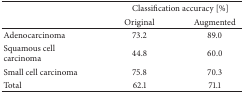
<table><thead><tr><td rowspan="2"><b> </b></td><td colspan="2"><b> Classification accuracy [%]</b></td></tr><tr><td><b>Original</b></td><td><b>Augmented</b></td></tr></thead><tbody><tr><td>Adenocarcinoma</td><td>73.2</td><td>89.0</td></tr><tr><td>Squamous cell carcinoma</td><td>44.8</td><td>60.0</td></tr><tr><td>Small cell carcinoma</td><td>75.8</td><td>70.3</td></tr><tr><td>Total</td><td>62.1</td><td>71.1</td></tr></tbody></table>